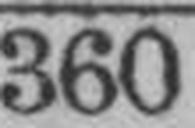
360